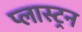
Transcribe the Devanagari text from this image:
प्लास्ट्रन